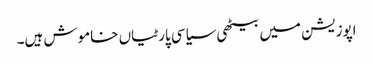
اپوزیشن میں بیٹھی سیاسی پارٹیاں خاموش ہیں۔